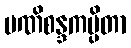
မဏိစန္ဒကပ္ပိတာ